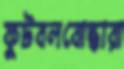
ফুটবলবোদ্ধারা